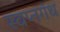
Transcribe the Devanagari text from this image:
स्वप्नगंध